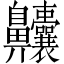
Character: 齉